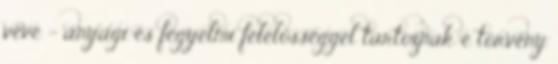
véve - anyagi és fegyelmi felelősséggel tartoznak e törvény